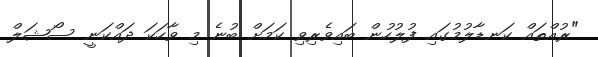
"ރުއްތައް ކަނޑާލުމުގައި ފުލުހުން ބައިވެރިވި ކަމަށް ބުނެ މި ވާހަކަ ދައްކަނީ ސޯޝަލް